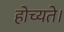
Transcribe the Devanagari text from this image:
होच्यते।